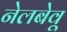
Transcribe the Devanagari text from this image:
नेलबेवू